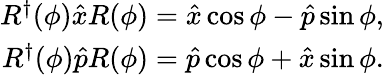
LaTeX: \begin{array}{r}{R^{\dagger}(\phi)\hat{x}R(\phi)=\hat{x}\cos\phi-\hat{p}\sin\phi,}\\ {R^{\dagger}(\phi)\hat{p}R(\phi)=\hat{p}\cos\phi+\hat{x}\sin\phi.}\end{array}